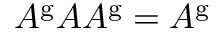
A ^ { \mathrm { g } } A A ^ { \mathrm { g } } = A ^ { \mathrm { g } }